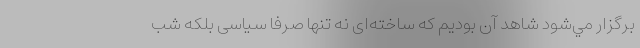
برگزار مي‌شود شاهد آن بوديم که ساخته‌ای نه تنها صرفا سیاسی بلكه شب